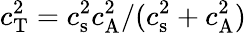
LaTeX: c_{\mathrm{T}}^{2}={c_{\mathrm{s}}^{2}c_{\mathrm{A}}^{2}/(c_{\mathrm{s}}^{2}+c_{\mathrm{A}}^{2})}